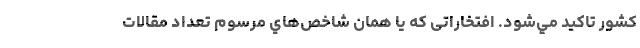
كشور تاكيد مي‌شود. افتخاراتی که یا همان شاخص‌هاي مرسوم تعداد مقالات